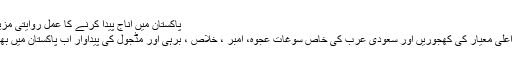
پاکستان میں اناج پیدا کرنے کا عمل روایتی مزید پڑھیں
دنیا کی اعلیٰ معیار کی کھجوریں اور سعودی عرب کی خاص سوغات عجوہ، امبر ، خلاص ، برہی اور مڈجول کی پیداوار اب پاکستان میں بھی ہوگی۔